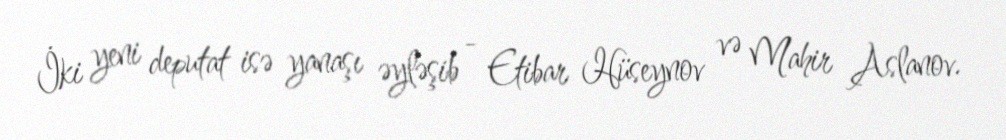
İki yeni deputat isə yanaşı əyləşib - Etibar Hüseynov və Mahir Aslanov.